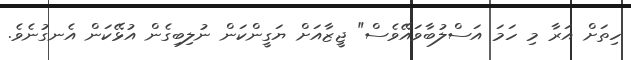
ހިތަށް އަރާ މި ހަމަ އަސްލުބާވައޭވެސް" ޖީޒާއަށް ޔަގީންކަން ނުލިބިގެން އުޅޭކަން އެނގުނެވެ.